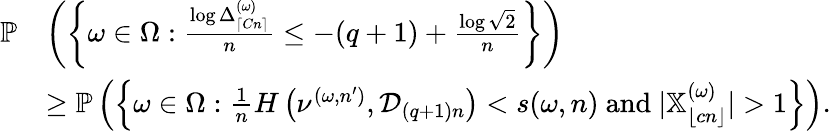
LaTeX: \begin{array}{rl}{\mathbb P}&{\left(\left\{ \omega\in\Omega:\frac{\log\Delta_{\lceil Cn\rceil}^{(\omega)}}{n}\leq-(q+1)+\frac{\log\sqrt{2}}{n}\right\} \right)}\\ &{\geq\mathbb P\left(\left\{ \omega\in\Omega:\frac{1}{n}H\left(\nu^{(\omega,n^{\prime})},{\mathcal D}_{(q+1)n}\right)<s(\omega,n)\mathrm{~and~}|\mathbb{X}_{\lfloor cn\rfloor}^{(\omega)}|>1\right\} \right).}\end{array}